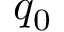
q _ { 0 }